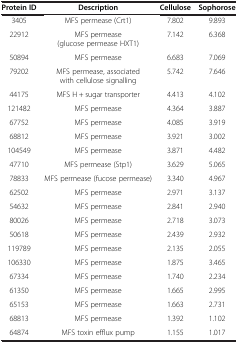
| Protein ID | Description | Cellulose | Sophorose |
 | --- | --- | --- | --- |
 | 3405 | MFS permease (Crt1) | 7.802 | 9.893 |
 | 22912 | MFS permease (glucose permease HXT1) | 7.142 | 6.368 |
 | 50894 | MFS permease | 6.683 | 7.069 |
 | 79202 | MFS permease, associated with cellulose signalling | 5.742 | 7.646 |
 | 44175 | MFS H + sugar transporter | 4.413 | 4.102 |
 | 121482 | MFS permease | 4.364 | 3.887 |
 | 67752 | MFS permease | 4.085 | 3.919 |
 | 68812 | MFS permease | 3.921 | 3.002 |
 | 104549 | MFS permease | 3.871 | 4.482 |
 | 47710 | MFS permease (Stp1) | 3.629 | 5.065 |
 | 78833 | MFS permease (fucose permease) | 3.340 | 4.967 |
 | 62502 | MFS permease | 2.971 | 3.137 |
 | 54632 | MFS permease | 2.841 | 2.940 |
 | 80026 | MFS permease | 2.718 | 3.073 |
 | 50618 | MFS permease | 2.439 | 2.932 |
 | 119789 | MFS permease | 2.135 | 2.055 |
 | 106330 | MFS permease | 1.875 | 3.465 |
 | 67334 | MFS permease | 1.740 | 2.234 |
 | 61350 | MFS permease | 1.665 | 2.995 |
 | 65153 | MFS permease | 1.663 | 2.731 |
 | 68813 | MFS permease | 1.392 | 1.102 |
 | 64874 | MFS toxin efflux pump | 1.155 | 1.017 |